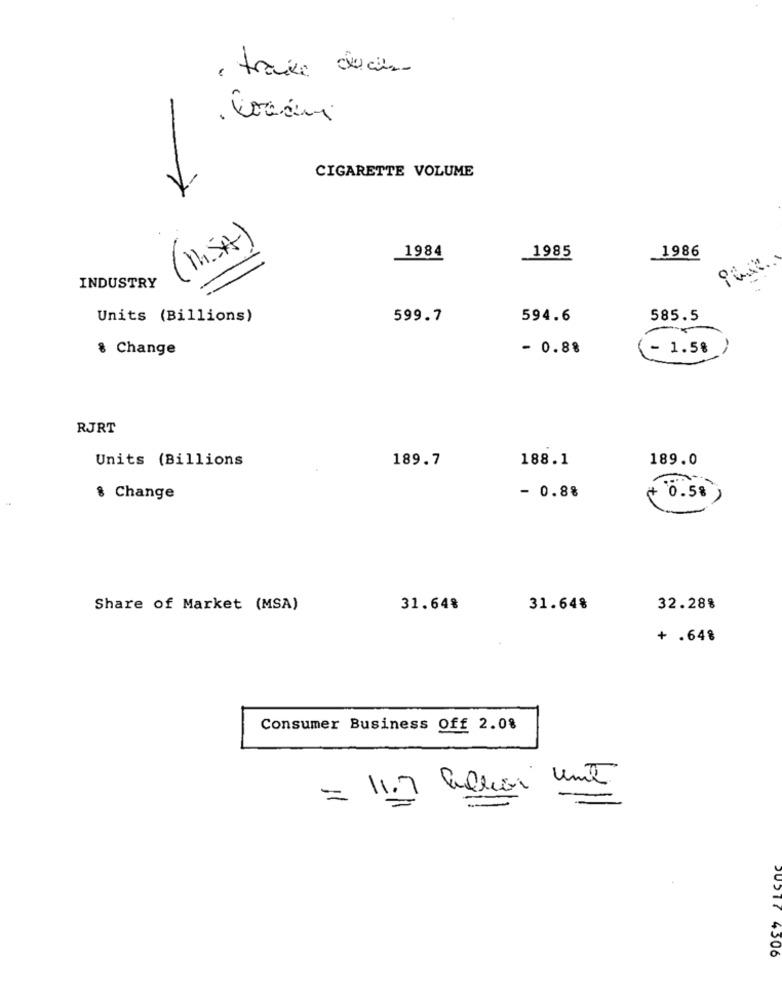
. trace decis
. Coccini
CIGARETTE VOLUME
(1. SA)
1986
1984
1985
INDUSTRY
Units (Billions)
599.7
594.6
585.5
8 Change
- 0.88
- 1.5%
RJRT
Units (Billions
189.7
188.1
189.0
8 Change
- 0.8%
+ 0.5% )
Share of Market (MSA)
31.64%
31.648
32.28%
+ .648
Consumer Business Off 2.0%
= 11.7 aechar una
JUST? 4306